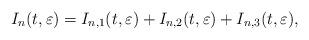
LaTeX: \begin{align*} I_{n}(t,\varepsilon) = I_{n,1}(t,\varepsilon) +I_{n,2}(t,\varepsilon) + I_{n,3}(t,\varepsilon),\end{align*}